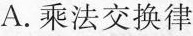
A.乘法交换律